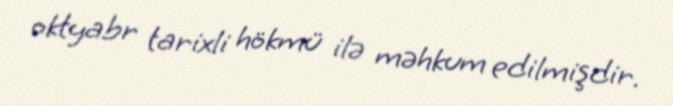
oktyabr tarixli hökmü ilə məhkum edilmişdir.